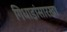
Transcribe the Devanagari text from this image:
गिधाडांसारखा